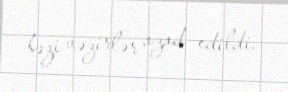
bəzi vəzirlər azad edildi.